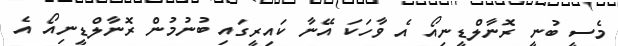
މެސީ ބުނީ ރޮނާލްޑީނިއޯ އެ ވާހަކަ އޭނާ ކައިރީގައި ބުނުމުން ރޮނާލްޑީނިއޯ އެ